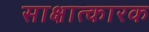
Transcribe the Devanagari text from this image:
साक्षात्कारक